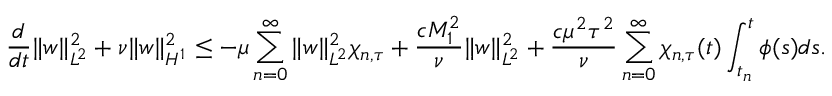
\frac { d } { d t } \| w \| _ { L ^ { 2 } } ^ { 2 } + \nu \| w \| _ { H ^ { 1 } } ^ { 2 } \leq - \mu \sum _ { n = 0 } ^ { \infty } \| w \| _ { L ^ { 2 } } ^ { 2 } \chi _ { n , \tau } + \frac { c M _ { 1 } ^ { 2 } } { \nu } \| w \| _ { L ^ { 2 } } ^ { 2 } + \frac { c \mu ^ { 2 } \tau ^ { 2 } } { \nu } \sum _ { n = 0 } ^ { \infty } \chi _ { n , \tau } ( t ) \int _ { t _ { n } } ^ { t } \phi ( s ) d s .